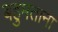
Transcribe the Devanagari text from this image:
बहुमताना